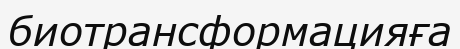
биотрансформацияға